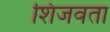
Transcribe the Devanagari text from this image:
शिजवता